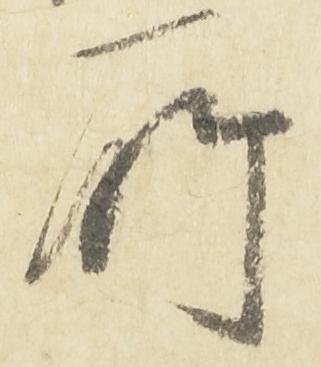
所